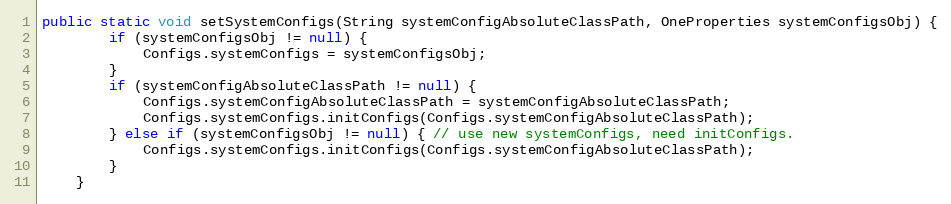
Language: Java
public static void setSystemConfigs(String systemConfigAbsoluteClassPath, OneProperties systemConfigsObj) {
        if (systemConfigsObj != null) {
            Configs.systemConfigs = systemConfigsObj;
        }
        if (systemConfigAbsoluteClassPath != null) {
            Configs.systemConfigAbsoluteClassPath = systemConfigAbsoluteClassPath;
            Configs.systemConfigs.initConfigs(Configs.systemConfigAbsoluteClassPath);
        } else if (systemConfigsObj != null) { // use new systemConfigs, need initConfigs.
            Configs.systemConfigs.initConfigs(Configs.systemConfigAbsoluteClassPath);
        }
    }